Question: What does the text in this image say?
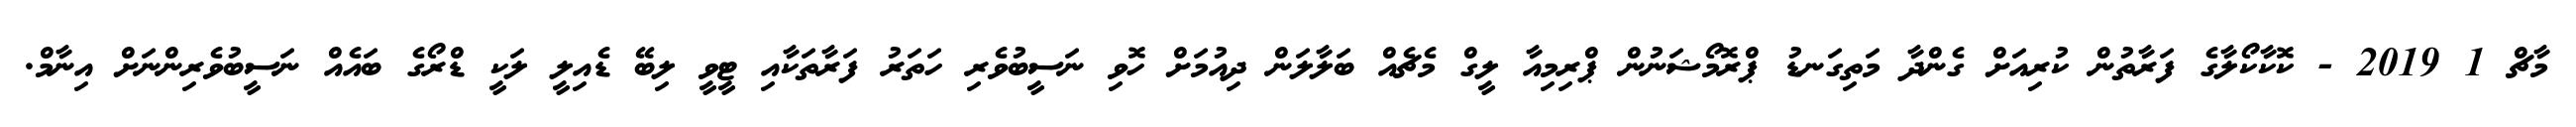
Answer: މާޗް 1 2019 - ކޮކާކޯލާގެ ފަރާތުން ކުރިއަށް ގެންދާ މަތިގަނޑު ޕްރޮމޯޝަނުން ޕްރިމިއާ ލީގް މެޗެއް ބަލާލަން ދިއުމަށް ހޮވި ނަސީބުވެރި ހަތަރު ފަރާތަކާއި ޓީވީ ލިބޭ ޑެއިލީ ލަކީ ޑްރޯގެ ބައެއް ނަސީބުވެރިންނަށް އިނާމް.